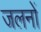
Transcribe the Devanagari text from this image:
जलनों